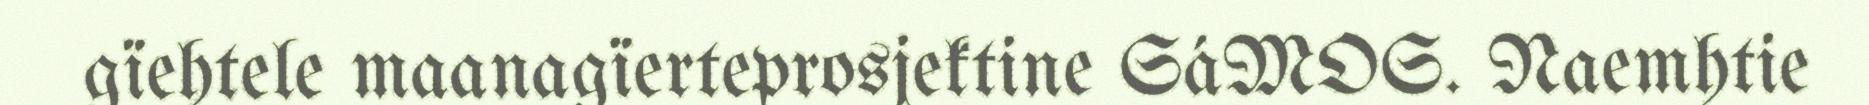
gïehtele maanagïerteprosjektine SáMOS. Naemhtie